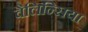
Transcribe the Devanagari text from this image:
वैलिन्सिया